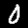
Digit: 0